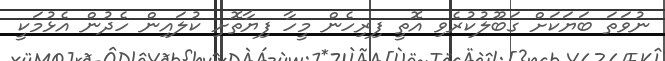
ނުވަތަ ބަޔަކަށް ގަބޫލުކުރެވި އޮތީ ފިރިހެން މީހާ ފިޔާތޮށި ކުލައިން ހެދުން އެޅުމަކީ